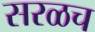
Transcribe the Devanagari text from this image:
सरळच